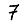
Digit: 7